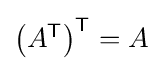
{\textstyle \left(A^{\textsf {T}}\right)^{\textsf {T}}=A}